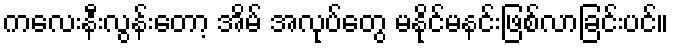
ကလေးနီးလွန်းတော့ အိမ် အလုပ်တွေ မနိုင်မနင်းဖြစ်လာခြင်းပင်။